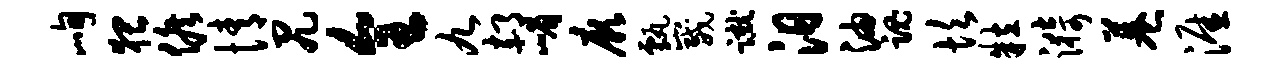
峋猥候情尻全九郝嵋厥甄崴蹴汨油魂坎粒漪巷涯